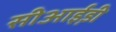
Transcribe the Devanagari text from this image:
सीआई़डी